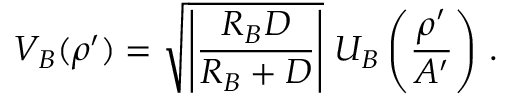
V _ { B } ( \boldsymbol \rho ^ { \prime } ) = \sqrt { \left| \frac { R _ { B } D } { R _ { B } + D } \right| } \; U _ { B } \left( { \frac { \boldsymbol \rho ^ { \prime } } { A ^ { \prime } } } \right) \, .